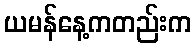
ယမန်နေ့ကတည်းက